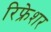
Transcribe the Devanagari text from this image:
रिफ्रेशर